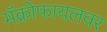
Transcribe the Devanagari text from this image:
मॅक्रोफायलवर